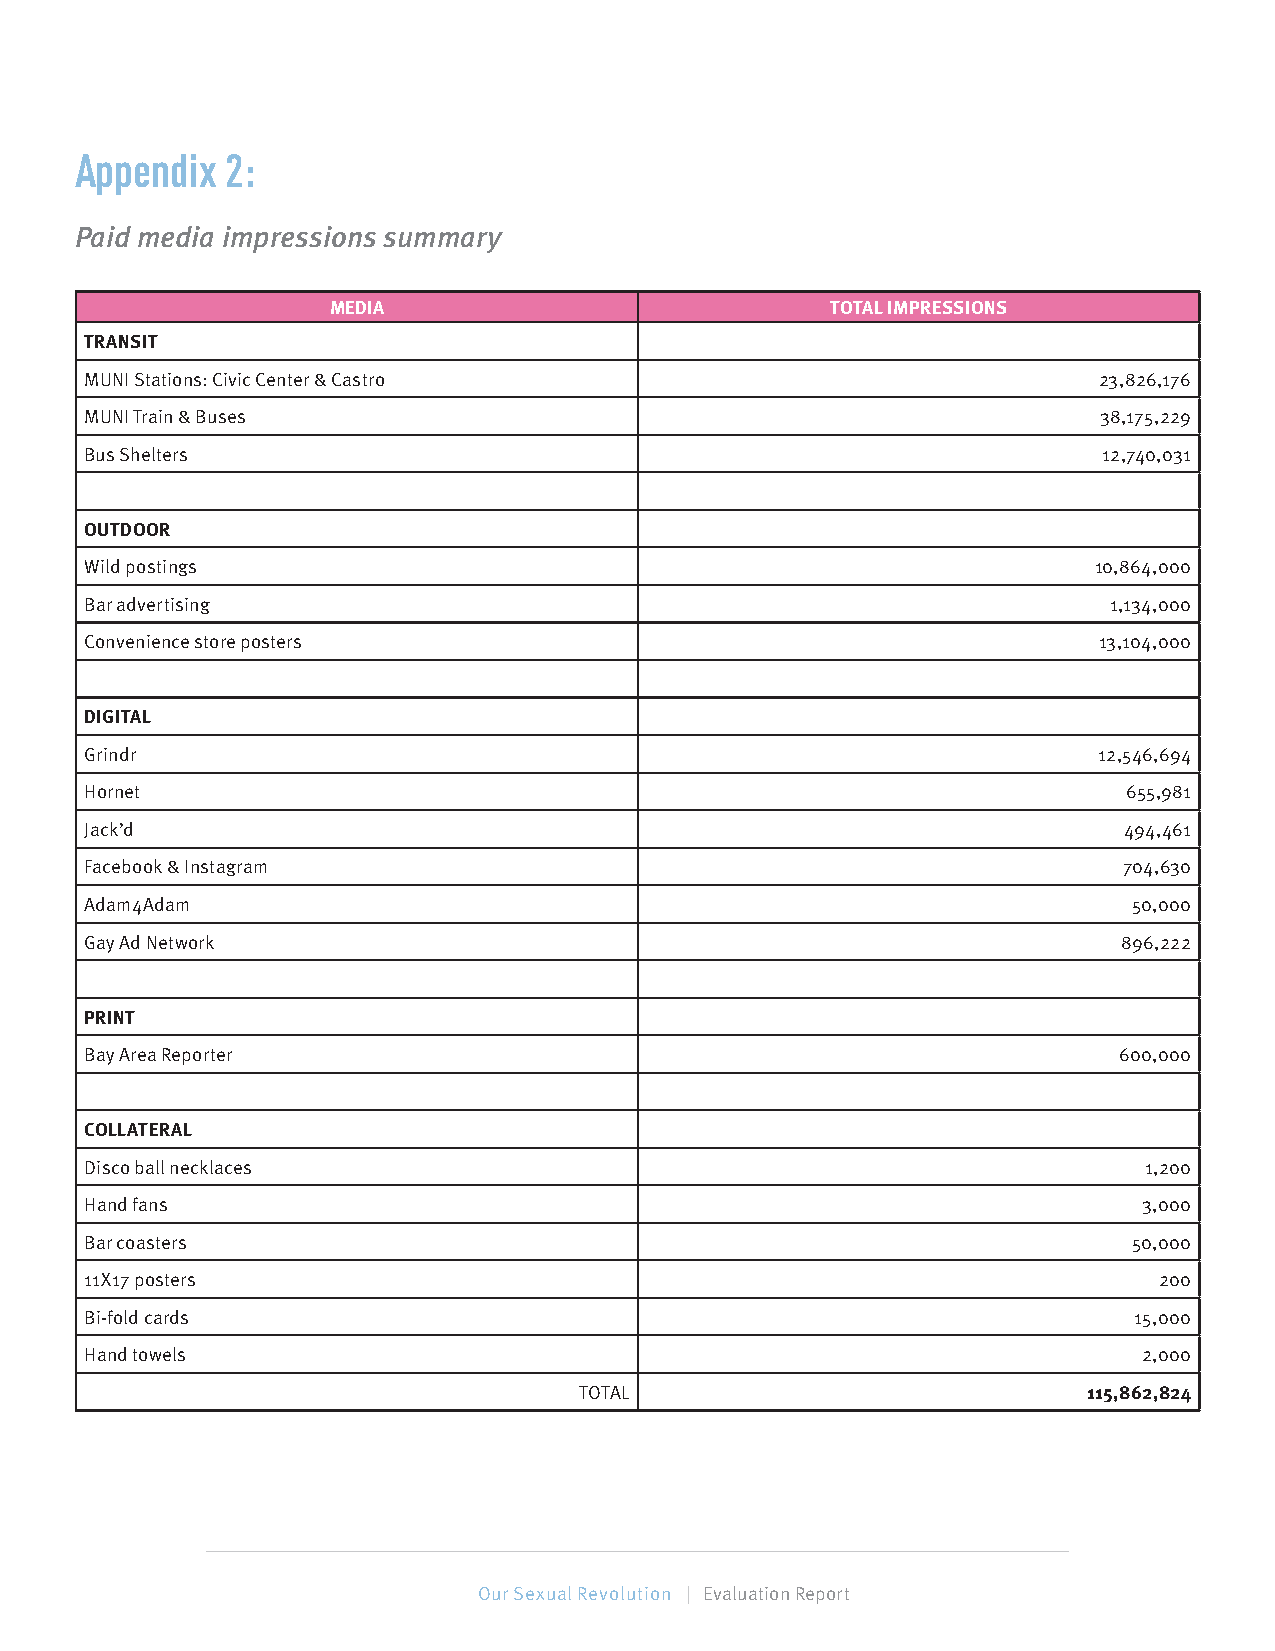
Appendix  2:
 Paid media impressions summary
 MEDIA                            TOTAL IMPRESSIONS
 TRANSIT
 MUNI Stations: Civic Center & Castro                               23,826,176
 MUNI Train & Buses                                                 38,175,229
 Bus Shelters                                                       12,740,031
 OUTDOOR
 Wild postings                                                     10,864,000
 Bar advertising                                                    1,134,000
 Convenience store posters                                          13,104,000
 DIGITAL
 Grindr                                                             12,546,694
 Hornet                                                               655,981
 Jack’d                                                              494,461
 Facebook & Instagram                                                704,630
 Adam4Adam                                                            50,000
 Gay Ad Network                                                      896,222
 PRINT
 Bay Area Reporter                                                   600,000
 COLLATERAL
 Disco ball necklaces                                                  1,200
 Hand fans                                                             3,000
 Bar coasters                                                         50,000
 11X17 posters                                                          200
 Bi-fold cards                                                        15,000
 Hand towels                                                           2,000
 TOTAL                             115,862,824
 70 | Our Sexual Revolution | Evaluation Report